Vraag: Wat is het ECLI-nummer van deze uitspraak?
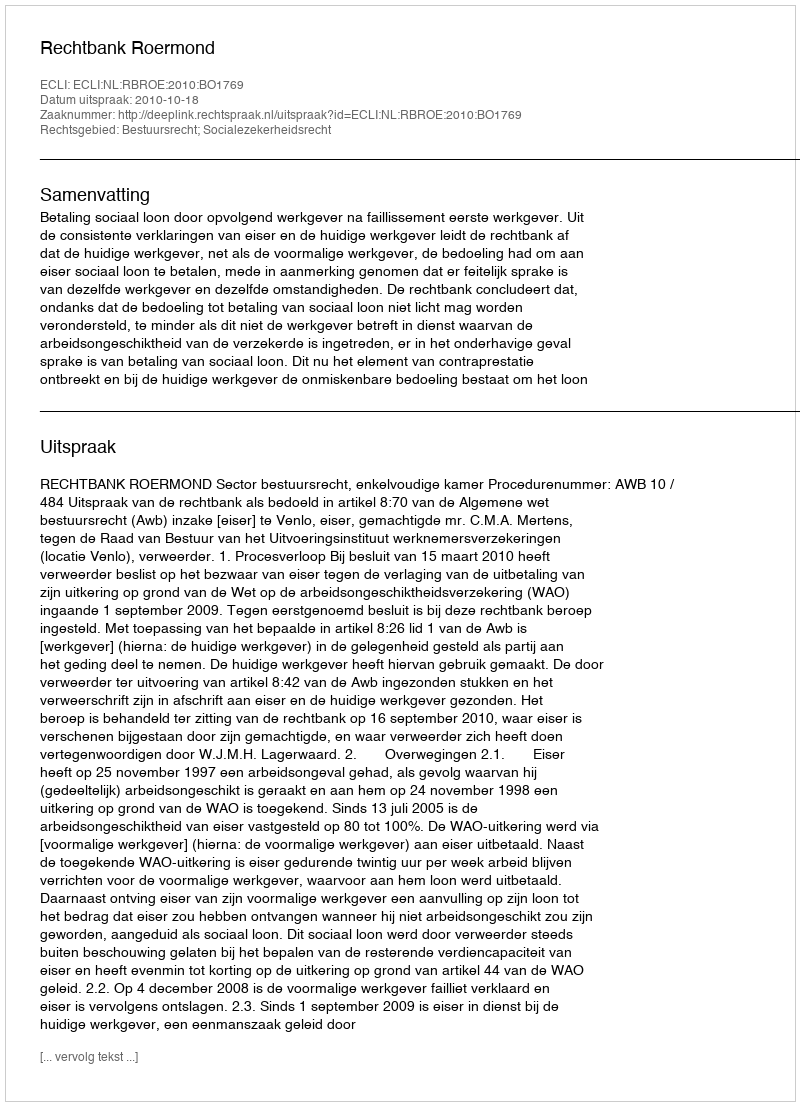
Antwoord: ECLI:NL:RBROE:2010:BO1769